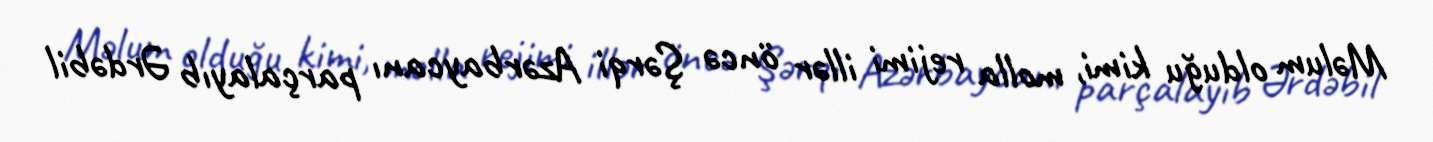
Məlum olduğu kimi, molla rejimi illər öncə Şərqi Azərbaycanı parçalayıb Ərdəbil